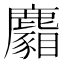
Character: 𪋢